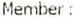
MEMBER: